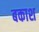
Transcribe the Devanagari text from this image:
बकाश